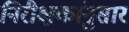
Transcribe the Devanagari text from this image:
निरीक्षकांनुसार